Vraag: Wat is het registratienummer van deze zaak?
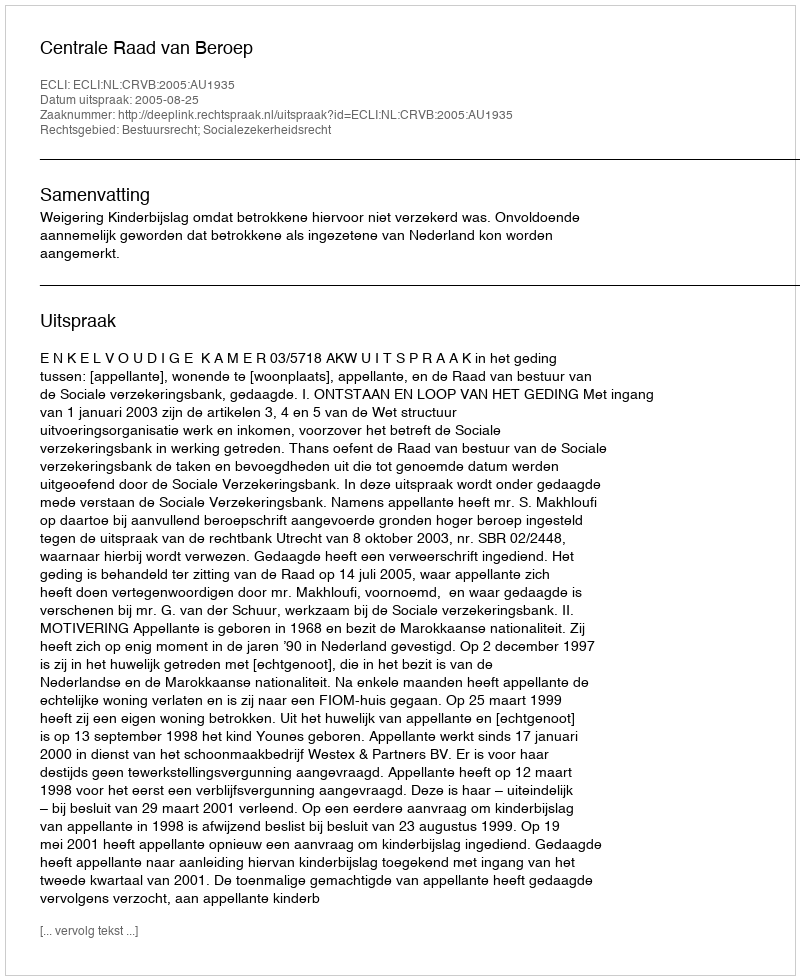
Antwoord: http://deeplink.rechtspraak.nl/uitspraak?id=ECLI:NL:CRVB:2005:AU1935